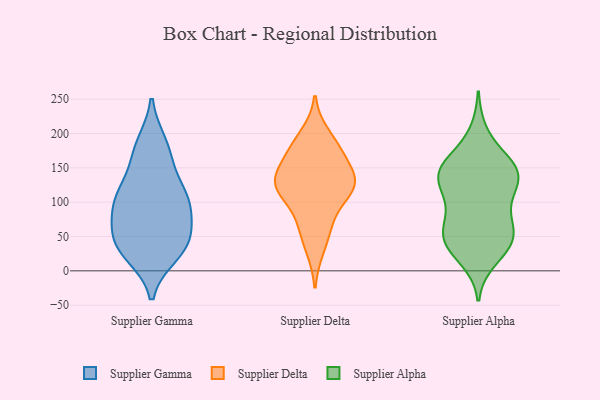
{"axis": {"x": "Shipments", "y": "Value"}, "legend": ["Supplier Alpha", "Supplier Delta", "Supplier Gamma"], "data": [{"x": "", "y": 34, "type": "Supplier Gamma"}, {"x": "", "y": 112, "type": "Supplier Gamma"}, {"x": "", "y": 185, "type": "Supplier Gamma"}, {"x": "", "y": 113, "type": "Supplier Gamma"}, {"x": "", "y": 47, "type": "Supplier Gamma"}, {"x": "", "y": 97, "type": "Supplier Gamma"}, {"x": "", "y": 85, "type": "Supplier Gamma"}, {"x": "", "y": 24, "type": "Supplier Gamma"}, {"x": "", "y": 51, "type": "Supplier Gamma"}, {"x": "", "y": 163, "type": "Supplier Gamma"}, {"x": "", "y": 132, "type": "Supplier Delta"}, {"x": "", "y": 70, "type": "Supplier Delta"}, {"x": "", "y": 123, "type": "Supplier Delta"}, {"x": "", "y": 173, "type": "Supplier Delta"}, {"x": "", "y": 197, "type": "Supplier Delta"}, {"x": "", "y": 65, "type": "Supplier Delta"}, {"x": "", "y": 126, "type": "Supplier Delta"}, {"x": "", "y": 171, "type": "Supplier Delta"}, {"x": "", "y": 130, "type": "Supplier Delta"}, {"x": "", "y": 33, "type": "Supplier Delta"}, {"x": "", "y": 177, "type": "Supplier Delta"}, {"x": "", "y": 109, "type": "Supplier Delta"}, {"x": "", "y": 126, "type": "Supplier Delta"}, {"x": "", "y": 130, "type": "Supplier Delta"}, {"x": "", "y": 148, "type": "Supplier Alpha"}, {"x": "", "y": 156, "type": "Supplier Alpha"}, {"x": "", "y": 140, "type": "Supplier Alpha"}, {"x": "", "y": 55, "type": "Supplier Alpha"}, {"x": "", "y": 128, "type": "Supplier Alpha"}, {"x": "", "y": 39, "type": "Supplier Alpha"}, {"x": "", "y": 125, "type": "Supplier Alpha"}, {"x": "", "y": 43, "type": "Supplier Alpha"}, {"x": "", "y": 18, "type": "Supplier Alpha"}, {"x": "", "y": 78, "type": "Supplier Alpha"}, {"x": "", "y": 60, "type": "Supplier Alpha"}, {"x": "", "y": 75, "type": "Supplier Alpha"}, {"x": "", "y": 41, "type": "Supplier Alpha"}, {"x": "", "y": 38, "type": "Supplier Alpha"}, {"x": "", "y": 159, "type": "Supplier Alpha"}, {"x": "", "y": 145, "type": "Supplier Alpha"}, {"x": "", "y": 121, "type": "Supplier Alpha"}, {"x": "", "y": 147, "type": "Supplier Alpha"}, {"x": "", "y": 200, "type": "Supplier Alpha"}, {"x": "", "y": 104, "type": "Supplier Alpha"}]}